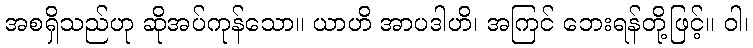
အစရှိသည်ဟု ဆိုအပ်ကုန်သော။ ယာဟိ အာပဒါဟိ၊ အကြင် ဘေးရန်တို့ဖြင့်။ ဝါ၊